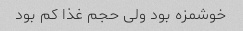
خوشمزه بود ولی حجم غذا کم بود